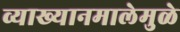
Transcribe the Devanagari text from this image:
व्याख्यानमालेमुळे